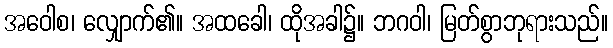
အဝေါစ၊ လျှောက်၏။ အထခေါ၊ ထိုအခါ၌။ ဘဂဝါ၊ မြတ်စွာဘုရားသည်။